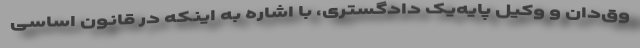
وق‌دان و وکیل پایه‌یک دادگستری، با اشاره به اینکه در قانون اساسی